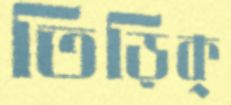
তিড়িক্‌